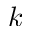
k